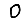
Digit: 0